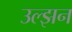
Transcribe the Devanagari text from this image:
उल्झन